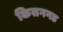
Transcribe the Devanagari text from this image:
किसनगड